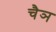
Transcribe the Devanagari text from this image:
चैञ